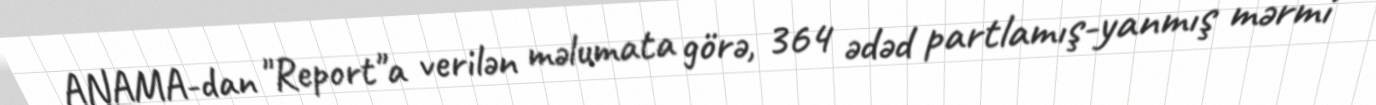
ANAMA-dan "Report"a verilən məlumata görə, 364 ədəd partlamış-yanmış mərmi